Code of medical and sanitary regulations for the guidance of medical officers serving in the Madras Presidency - Volume II
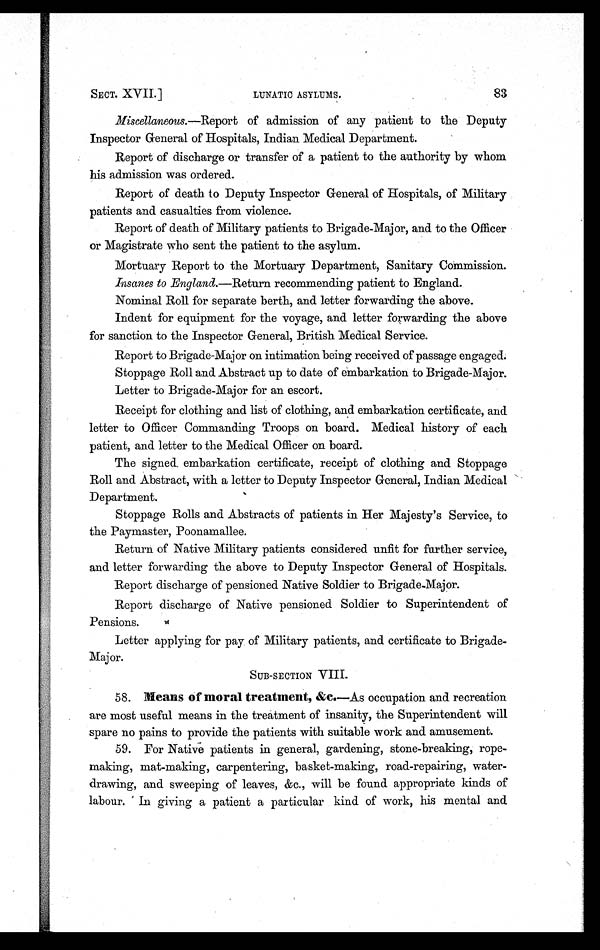
SECT. XVII.]
LUNATIC ASYLUMS.
83
Miscellaneous.—Report of admission of any patient to the Deputy
Inspector General of Hospitals, Indian Medical Department.
Report of discharge or transfer of a patient to the authority by whom
his admission was ordered.
Report of death to Deputy Inspector General of Hospitals, of Military
patients and casualties from violence.
Report of death of Military patients to Brigade-Major, and to the Officer
or Magistrate who sent the patient to the asylum.
Mortuary Report to the Mortuary Department, Sanitary Commission.
Insanes to England.—Return recommending patient to England.
Nominal Roll for separate berth, and letter forwarding the above.
Indent for equipment for the voyage, and letter forwarding the above
for sanction to the Inspector General, British Medical Service.
Report to Brigade-Major on intimation being received of passage engaged.
Stoppage Roll and Abstract up to date of embarkation to Brigade-Major.
Letter to Brigade-Major for an escort.
Receipt for clothing and list of clothing, and embarkation certificate, and
letter to Officer Commanding Troops on board. Medical history of each
patient, and letter to the Medical Officer on board.
The signed. embarkation certificate, receipt of clothing and Stoppage
Roll and Abstract, with a letter to Deputy Inspector General, Indian Medical
Department.
Stoppage Rolls and Abstracts of patients in Her Majesty's Service, to
the Paymaster, Poonamallee.
Return of Native Military patients considered unfit for further service,
and letter forwarding the above to Deputy Inspector General of Hospitals.
Report discharge of pensioned Native Soldier to Brigade-Major.
Report discharge of Native pensioned Soldier to Superintendent of
Pensions.
Letter applying for pay of Military patients, and certificate to Brigade-
Major.
SUB-SECTION VIII.
58. Means of moral treatment, &C.— A s o c c u p a t i o n a n d r e c r e a t i o n
are most useful means in the treatment of insanity, the Superintendent will
spare no pains to provide the patients with suitable work and amusement.
59. For Native patients in general, gardening, stone-breaking, rope-
making, mat-making, carpentering, basket-making, road-repairing, water-
drawing, and sweeping of leaves, &c., will be found appropriate kinds of
labour. In giving a patient a particular kind of work, his mental and